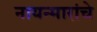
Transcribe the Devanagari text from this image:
नायन्मारांचे